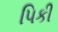
પિકી